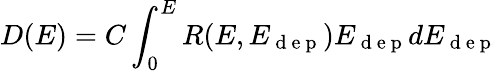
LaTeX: D(E)=C\int_{0}^{E}R(E,E_{\mathrm{~d~e~p~}})E_{\mathrm{~d~e~p~}}dE_{\mathrm{~d~e~p~}}